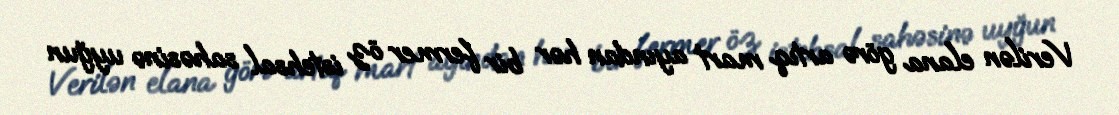
Verilən elana görə artıq mart ayından hər bir fermer öz istehsal sahəsinə uyğun